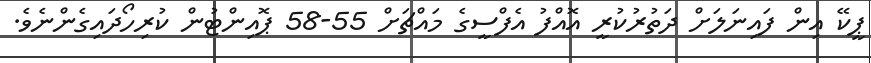
ޕީކޭ އިން ފައިނަލަށް ދަތުރުކުރީ އޮއްފު އެފްސީގެ މައްޗަށް 55-58 ޕޮއިންޓުން ކުރިހޯދައިގެންނެވެ.